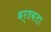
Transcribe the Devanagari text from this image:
वर्तवता